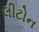
લીટોન